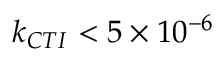
k _ { C T I } < 5 \times 1 0 ^ { - 6 }